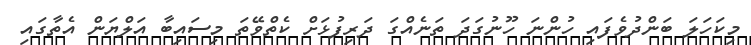
މިކަހަލަ ބަންދުވެފައި ހުންނަ ހޫނުގަދަ ތަނެއްގަ ދަރިފުޅަށް ކެތްވޭތަ މިސައިބާ އަލްޔަން އެތާގައި